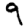
Digit: 9